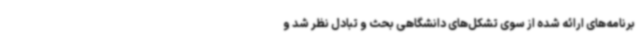
برنامه‌های ارائه شده از سوی تشکل‌های دانشگاهی بحث و تبادل نظر شد و